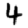
Digit: 4